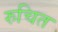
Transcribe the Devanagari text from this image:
रुचित